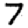
Digit: 7